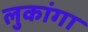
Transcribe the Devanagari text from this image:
लुकांगा